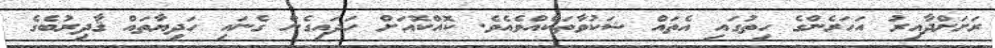
ރަށަށްދާއިރު އަހަރެންގެ ހިތުގައި އެތައް ޝަކުވާތަކެއްވެއެވެ. ކޮއްކޮއަށް ހަދައިގެން ގެނައި ހަދިޔާތައް ޤާދިރުބެގެ